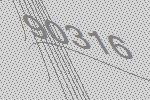
90316